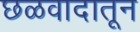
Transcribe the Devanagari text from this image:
छळवादातून